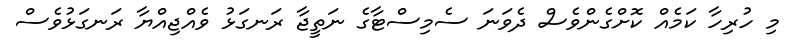
މި ހުރިހާ ކަމެއް ކޮށްގެންވެސް ދެވަނަ ސެމިސްޓާގެ ނަތީޖާ ރަނގަޅު ވެއްޖިއްޔާ ރަނގަޅުވެސް